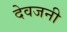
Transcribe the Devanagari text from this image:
देवजनी